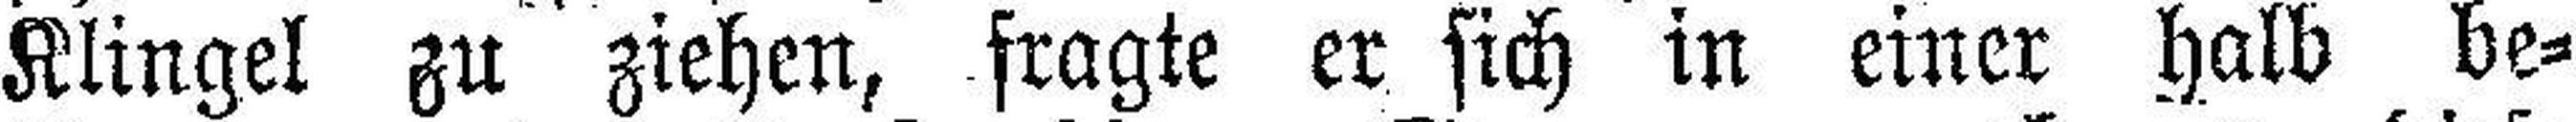
Klingel zu ziehen, fragte er sich in einer halb be¬